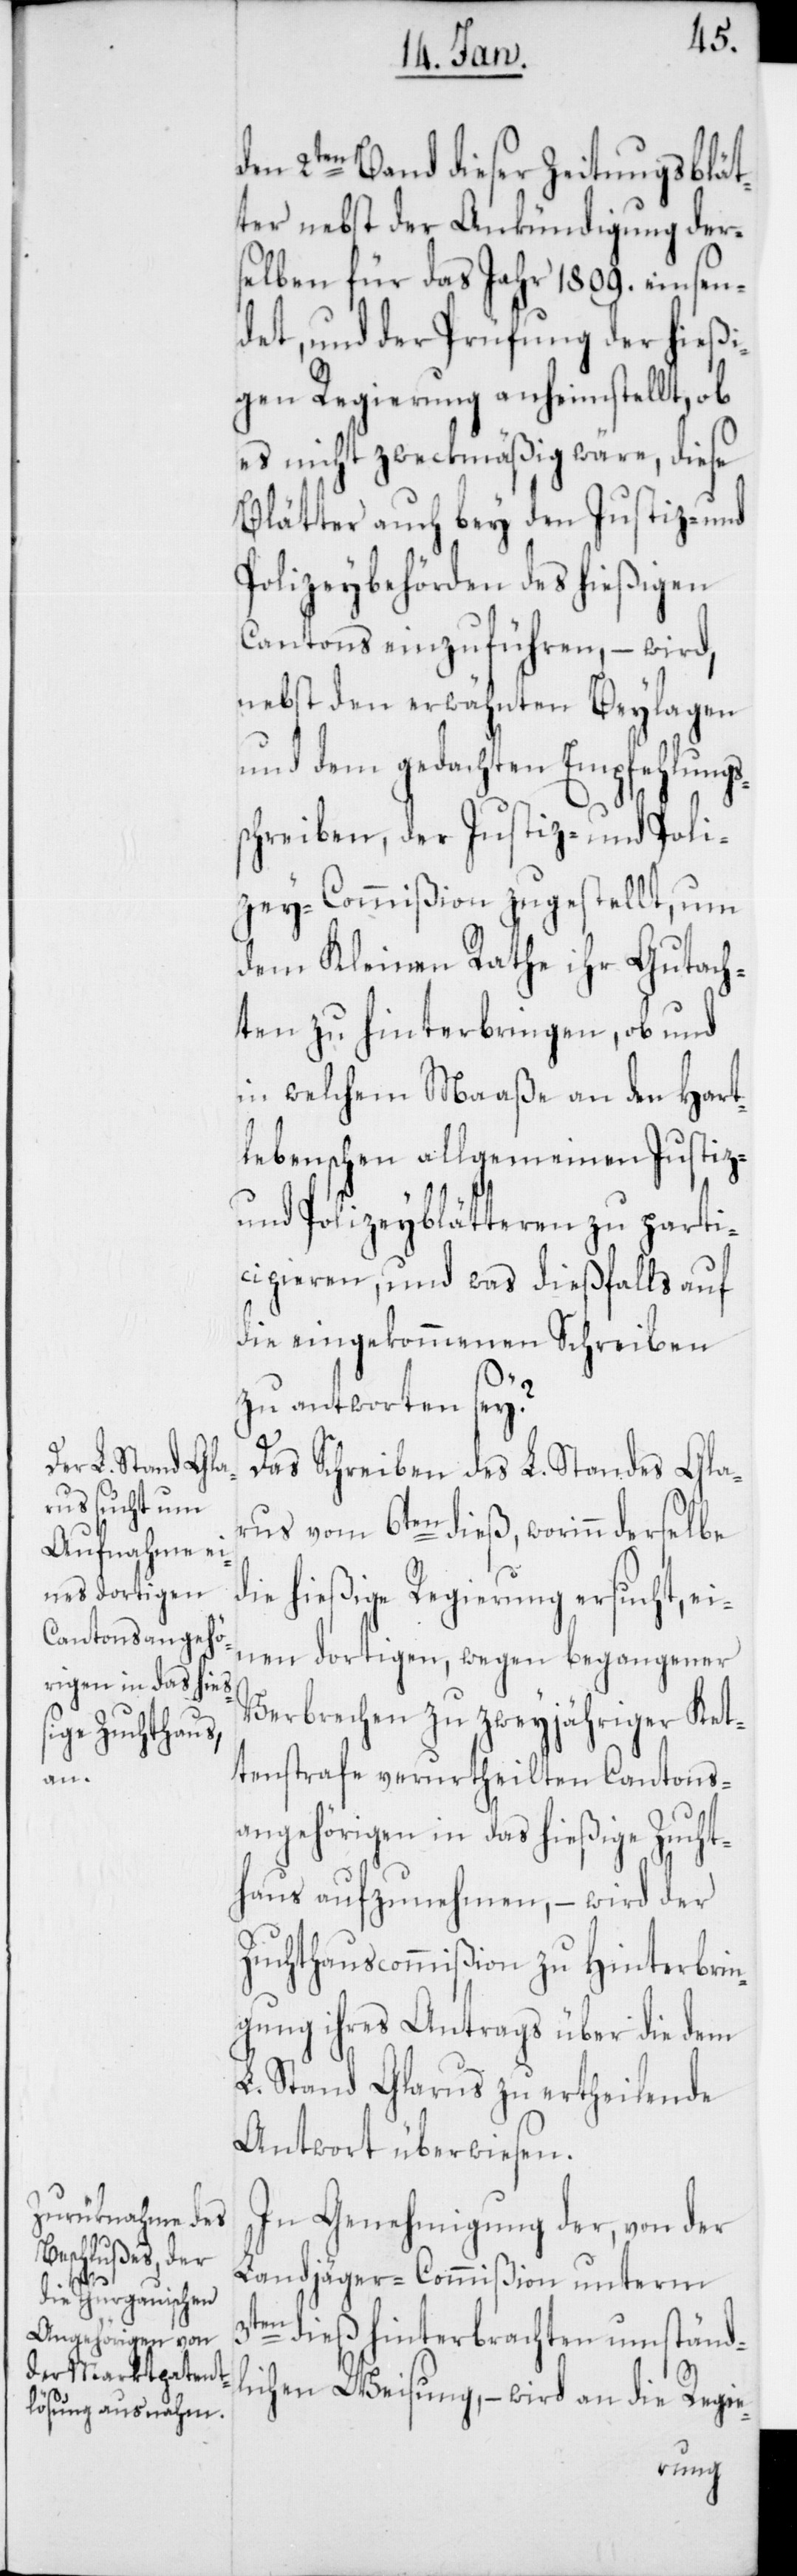
den 2ten Band dieser Zeitungsblät¬
ter nebst der Ankündigung der¬
selben für das Jahr 1809. einsen¬
det, und der Prüfung der hießi¬
gen Regierung anheimstellt, ob
es nicht zweckmäßig wäre, diese
Blätter auch bey den Justiz- und
Polizeybehörden des hießigen
Cantons einzuführen, – wird,
nebst den erwähnten Beylagen
und dem gedachten Empfehlungs¬
schreiben, der Justiz- und Poli¬
zey-Commißion zugestellt, um
dem Kleinen Rathe ihr Gutach¬
ten zu hinterbringen, ob und
in welchem Maaße an den Hart¬
lebenschen allgemeinen Justiz-
und Polizeyblätteren zu parti¬
cipieren, und was dießfalls auf
die eingekommenen Schreiben
zu antworten sey?
Das Schreiben des L. Standes Gla¬
rus vom 6ten dieß, worinn derselbe
die hießige Regierung ersucht, ein¬
en dortigen, wegen begangener
Verbrechen zu zweyjähriger Ket¬
tenstrafe verurtheilten Cantons¬
angehörigen in das hießige Zucht¬
haus aufzunehmen, – wird der
Zuchthauscommißion zu Hinterbrin¬
gung ihres Antrags über die dem
L. Stand Glarus zu ertheilende
Antwort überwiesen.
In Genehmigung der, von der
Landjäger-Commißion unterm
3ten dieß hinterbrachten umständ¬
lichen Weisung, – wird an die Regie-